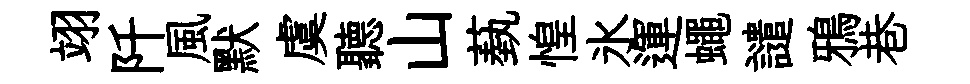
翊阡風默虞聽山蓺惶氷運蠅譴鴉巷